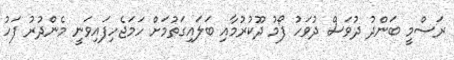
ރަސްމީ ބަންދު ދުވަސް ދުވަހު ފޯމު ދޫކުރުމާއި ބަލައިގަތުމަށް ހަމަޖެހިފައިވަނީ މެންދުރު ފަހު